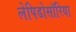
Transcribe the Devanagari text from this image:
लेपिडोसॉरिया